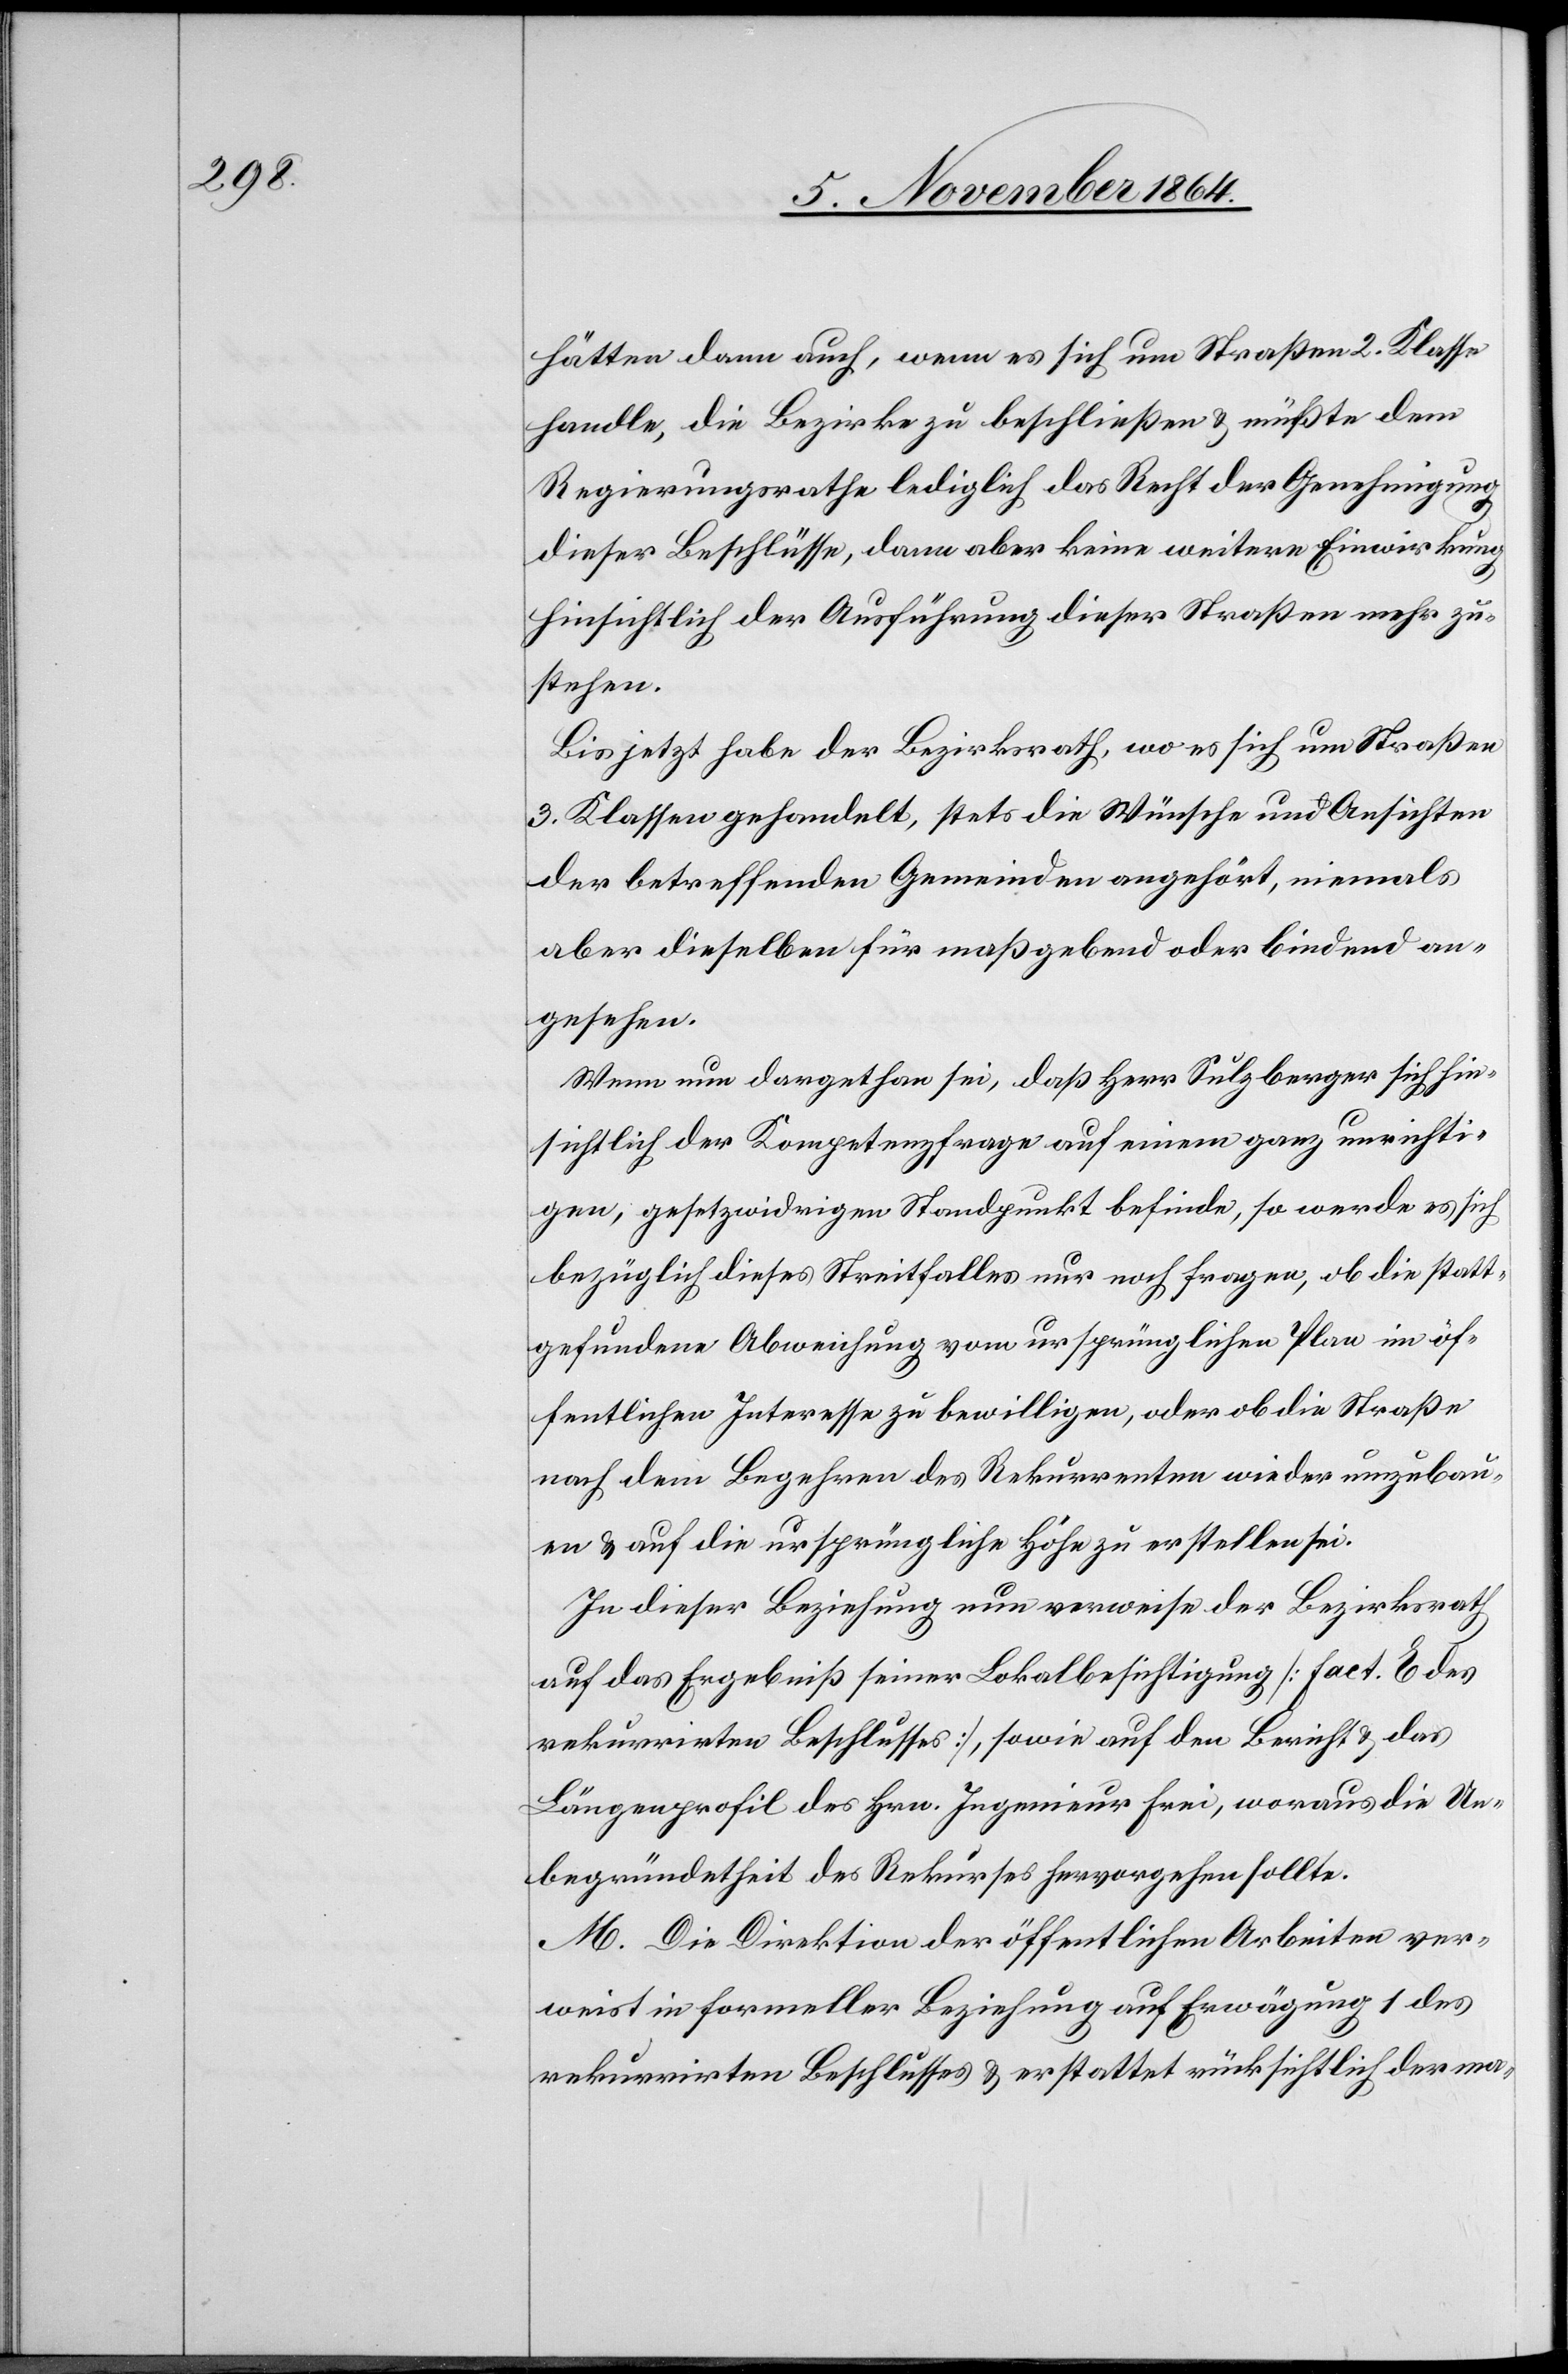
hätten dann auch, wenn es sich um Straßen 2. Klasse
handle, die Bezirke zu beschließen & müßte dem
Regierungsrathe lediglich das Recht der Genehmigung
dieser Beschlüsse, dann aber keine weitere Einwirkung
hinsichtlich der Ausführung dieser Straßen mehr zu¬
stehen.
Bis jetzt habe der Bezirksrath, wo es sich um Straßen
3. Klassen gehandelt, stets die Wünsche und Ansichten
der betreffenden Gemeinden angehört, niemals
aber dieselben für maßgebend oder bindend an¬
gesehen.
Wenn nun dargethan sei, daß Herr Sulzberger sich hin¬
sichtlich der Kompetenzfrage auf einem ganz unrichti¬
gen, gesetzwidrigen Standpunkt befinde, so werde es sich
bezüglich dieses Streitfalles nur noch fragen, ob die statt¬
gefundene Abweichung vom ursprünglichen Plan im öf¬
fentlichen Interesse zu bewilligen, oder ob die Straße
nach dem Begehren des Rekurrenten wieder umzubau¬
en & auf die ursprüngliche Höhe zu erstellen sei.
In dieser Beziehung nun verweise der Bezirksrath
auf das Ergebniß seiner Lokalbesichtigung [Fact. E des
rekurrirten Beschlusses], sowie auf den Bericht & das
Längenprofil des Hrn. Ingenieur Frei, woraus die Un¬
begründetheit des Rekurses hervorgehen sollte.
M. Die Direktion der öffentlichen Arbeiten ver¬
weist in formeller Beziehung auf Erwägung 1 des
rekurrirten Beschlusses & erstattet rücksichtlich der ma-